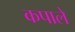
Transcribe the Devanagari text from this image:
कपाले